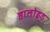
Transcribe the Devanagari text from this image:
हालोइड